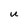
Character: U